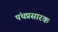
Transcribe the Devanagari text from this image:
पंथप्रसारक